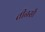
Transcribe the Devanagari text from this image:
तीनसौ